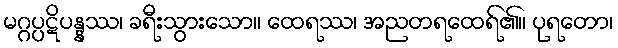
မဂ္ဂပ္ပဋိပန္နဿ၊ ခရီးသွားသော။ ထေရဿ၊ အညတရထေရ်၏။ ပုရတော၊